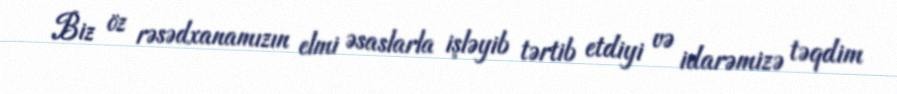
Biz öz rəsədxanamızın elmi əsaslarla işləyib tərtib etdiyi və idarəmizə təqdim